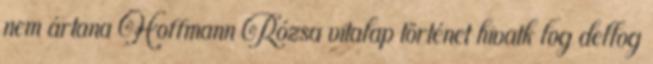
nem ártana Hoffmann Rózsa vitalap történet hivatk log dellog